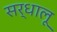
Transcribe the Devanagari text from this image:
सर्धालू